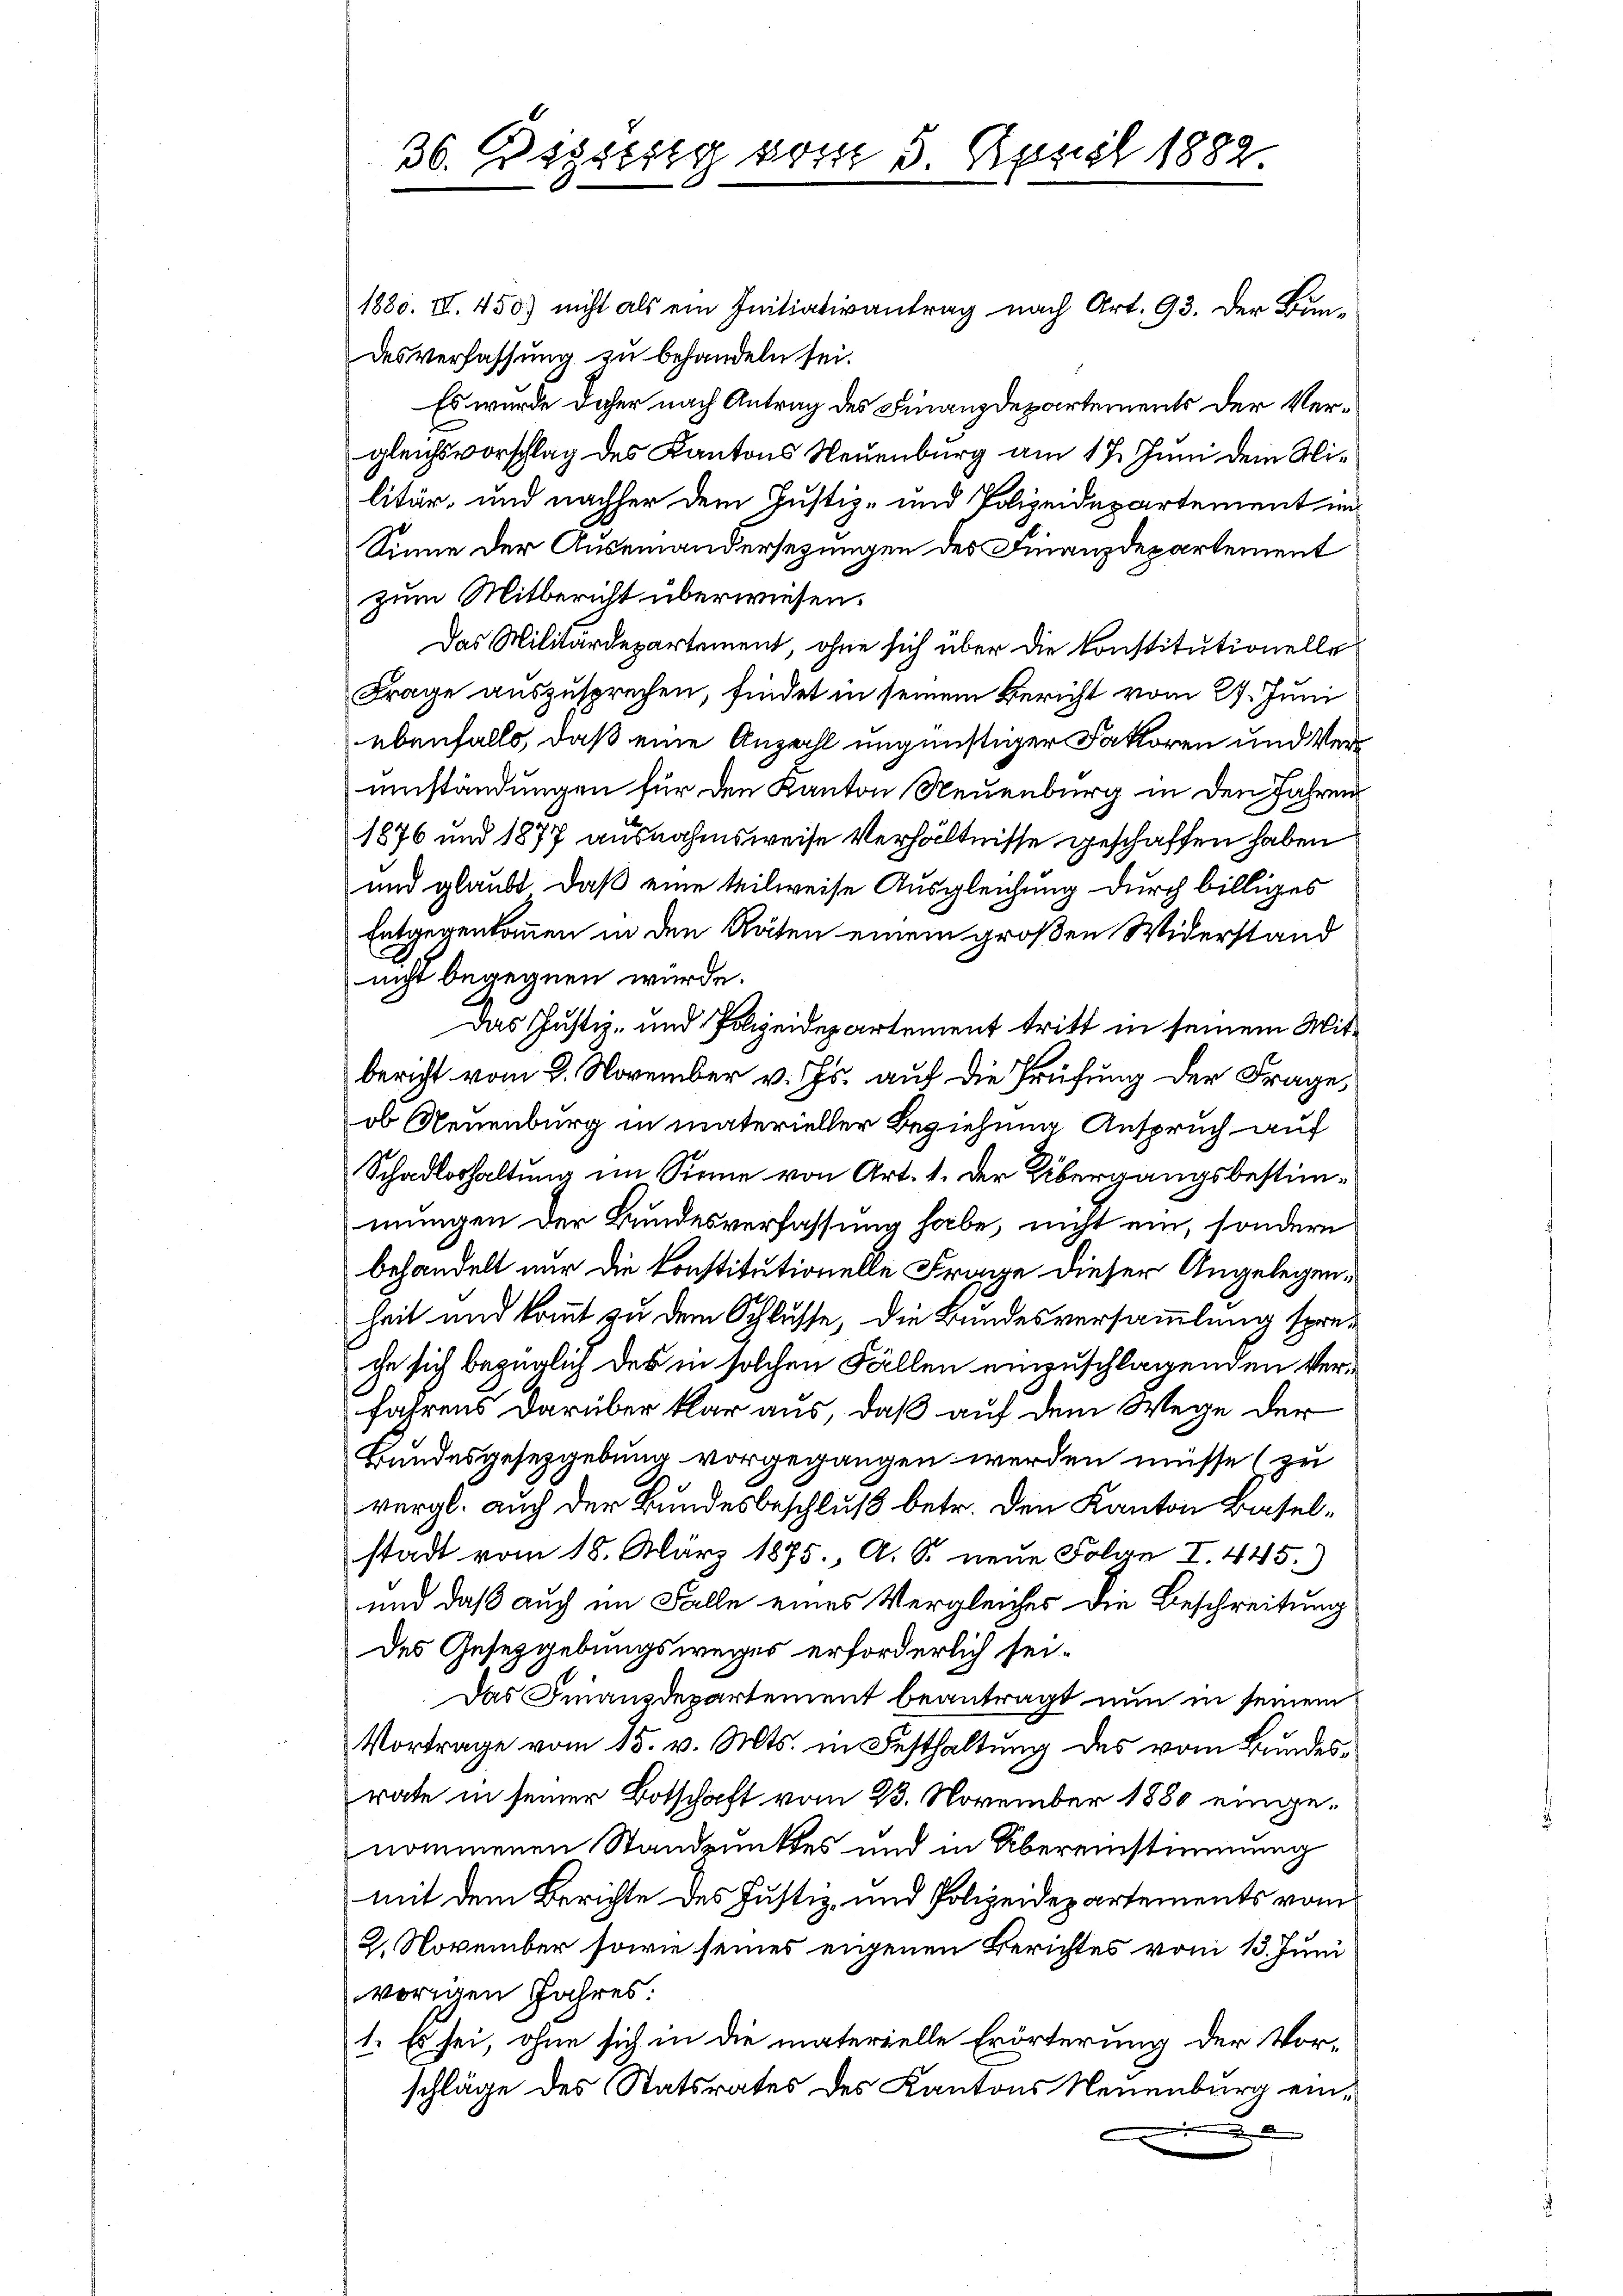
36. Rigilig vom 3. April 1882

1880. III. 450) nicht als ein Initiativantrag nach Art. 93. Der Bundesverfassung zu behandeln sei.
Es wurde daher nach Antrag des Finanzdepartements der Vergleichsvorschlag des Kantons Neuenburg am 17. Juni dem Wilitär, und nachher dem Justiz- und Polizeidepartement im
Sinne der Auseinandersezungen des Finanzdepartement
zum Mitbericht überwiesen.
Das Militärdepartement, ohne sich über die Konstitutionelle
Frage auszusprechen, findet in seinem Bericht vom 27. Juni
ebenfalls, daß eine Anzahl ungünstiger Faktoren und Verumständungen für den Kanton Neuenburg in den Jahren
1876 und 1877 ausnahmsweise Verhältnisse geschaffen haben
und glaubt, daß eine teilweise Ausgleichung durch billiges
Entgegenkommen in den Räten einem großen Widerstand
nicht begegnen wurde.
Das Justiz- und Polizeidepartement tritt in seinem Mitbericht vom 8. November v. Js. auf die Prüfung der Frage,
ob Neuenburg in materieller Beziehung Anspruch auf
Schadloshaltung im Sinne von Art. 1. Der Übergangsbestimmungen der Bundesverfassung habe, nicht ein, sondern
behandelt nur die Konstitutionelle Frage dieser Angelegenheit und kommt zu dem Schlüsse, die Bundesversammlung spreche sich bezüglich des in solchen Fällen einzuschlagenden Verfahrens darüber klar aus, daß auf dem Wege der
Bundesgesezgebung vorgegangen werden müsse (zu
vergl. auch der Bundesbeschluß betr. den Kanton Baselstadt vom 18. März 1895 A. S. neue Folge I. 445.)
und daß auch im Falle eines Vergleiches die Beschreitung
des Gesetzgebungsweges erforderlich sei¬
Das Finanzdepartement beantragt nun in seinem
Vortrage vom 15. v. Mts. in Festhaltung des vom Bundesrate in seiner Botschaft vom 23. November 1880 eingenommenen Standpunktes und in Übereinstimmung
mit dem Berichte des Justiz, und Polizeidepartements vom
2. November sowie seines eigenen Berichtes vom 13. Juni
vorigen Jahres:
1. Es sei, ohne sich in die materielle Erörterung der Vor-
schläge des Statsrates des Kantons Neuenburg ein¬
0